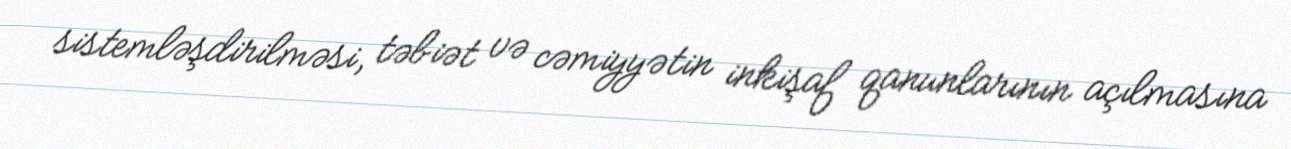
sistemləşdirilməsi, təbiət və cəmiyyətin inkişaf qanunlarının açılmasına